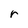
Character: r